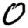
Digit: 0